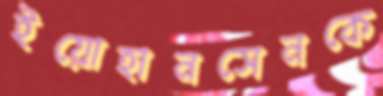
ইয়োহানসেনকে